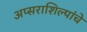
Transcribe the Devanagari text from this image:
अप्सराशिल्पांचे